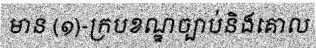
មាន (១)-ក្របខណ្ឌច្បាប់និងគោល